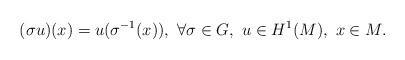
LaTeX: \begin{align*}(\sigma u)(x)=u(\sigma^{-1}(x)),\ \forall \sigma\in G,\ u\in H^1(M),\ x\in M.\end{align*}